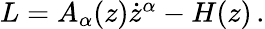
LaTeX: \begin{array}{r}{L=A_{\alpha}(z)\dot{z}^{\alpha}-H(z)\, .}\end{array}